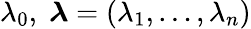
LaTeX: \lambda_{0},\; {\boldsymbol{\lambda}}=(\lambda_{1},\ldots,\lambda_{n})